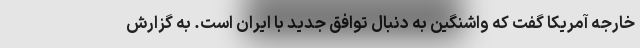
خارجه آمریکا گفت که واشنگین به دنبال توافق جدید با ایران است. به گزارش